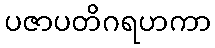
ပဇာပတိဂရဟကာ